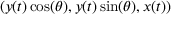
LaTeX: ( y ( t ) \cos ( \theta ) , y ( t ) \sin ( \theta ) , x ( t ) )